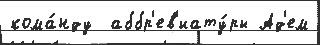
кома́нду  аббр'ев'иату́ры Ад'ем